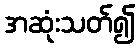
အဆုံးသတ်၍